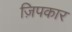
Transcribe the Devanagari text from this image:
ज़िपकार